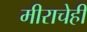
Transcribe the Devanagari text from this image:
मीराचेही